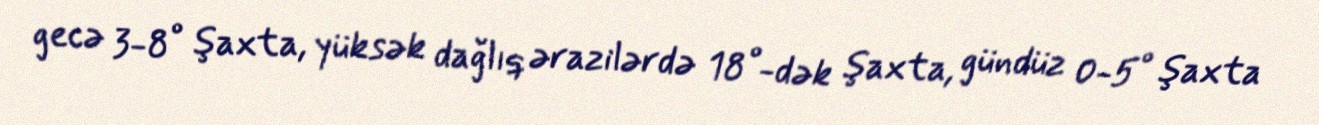
gecə 3-8° şaxta, yüksək dağlıq ərazilərdə 18°-dək şaxta, gündüz 0-5° şaxta